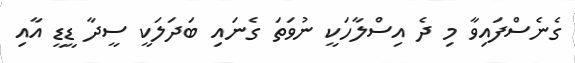
ގެނެސްފައިވާ މި ދެ އިސްލާހަކީ ނުވަތަ ގެނައި ބަދަލަކީ ސީދާ ޑީޑީ އާއި